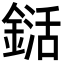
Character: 𨨱